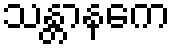
သန္တာနကေ